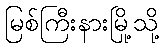
မြစ်ကြီးနားမြို့သို့